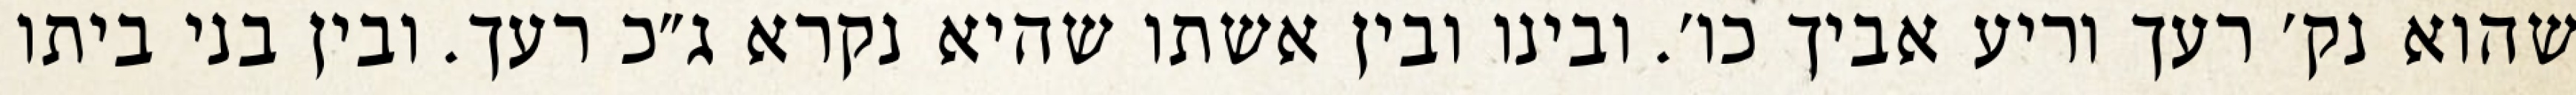
שהוא נק׳ רעך וריע אביך כו׳. ובינו ובין אשתו שהיא נקרא ג״כ רעך. ובין בני ביתו